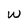
Character: w